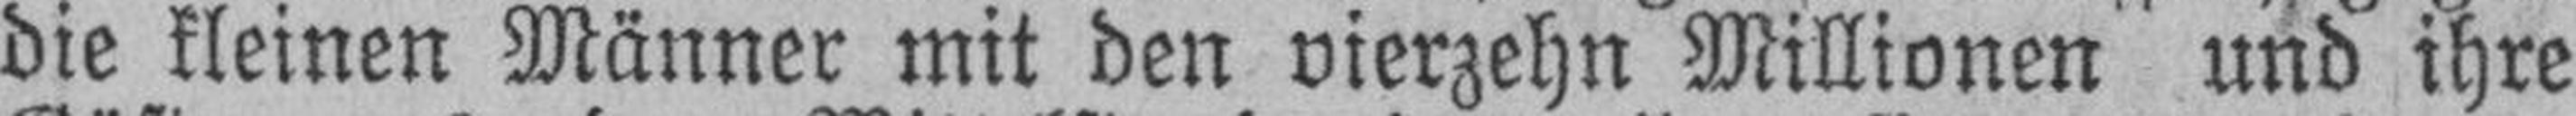
die kleinen Männer mit den vierzehn Millionen und ihre